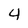
Character: 4